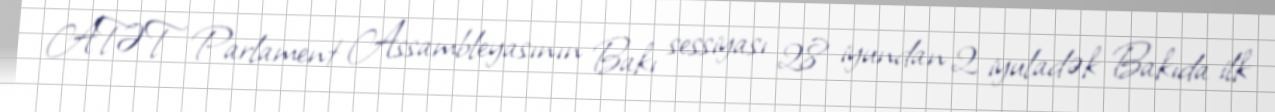
ATƏT Parlament Assambleyasının Bakı sessiyası 28 iyundan 2 iyuladək Bakıda ilk